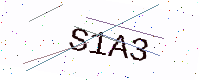
Text: S1A3